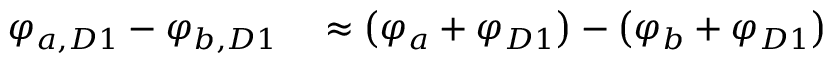
\begin{array} { r l } { \varphi _ { a , D 1 } - \varphi _ { b , D 1 } } & { { } \approx \left( \varphi _ { a } + \varphi _ { D 1 } \right) - \left( \varphi _ { b } + \varphi _ { D 1 } \right) } \end{array}